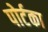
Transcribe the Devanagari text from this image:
पोर्टका